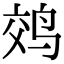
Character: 䴔